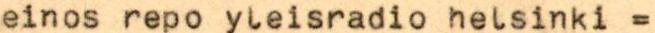
einos repo yleisradio helsinki =